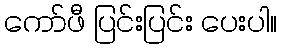
ကော်ဖီ ပြင်းပြင်း ပေးပါ။